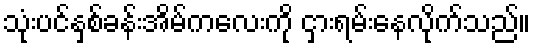
သုံးပင်နှစ်ခန်းအိမ်ကလေးကို ငှားရမ်းနေလိုက်သည်။